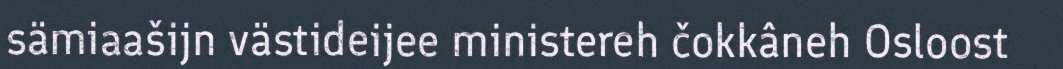
sämiaašijn västideijee ministereh čokkâneh Osloost